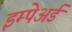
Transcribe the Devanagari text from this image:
इम्पेअर्ड